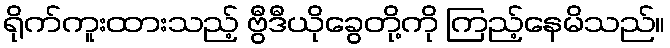
ရိုက်ကူးထားသည့် ဗွီဒီယိုခွေတို့ကို ကြည့်နေမိသည်။